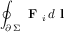
\oint _ { \scriptstyle \partial \, \Sigma } \textbf { F } _ { i } \, d \textbf { l }